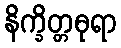
နိက္ခိတ္တဓုရာ